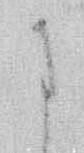
に